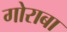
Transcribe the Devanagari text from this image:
गोराबा